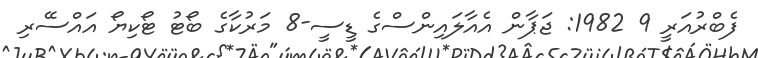
ފެބްރުއަރީ 9 1982: ޖަޕާން އެއާލައިންސްގެ ޑީސީ-8 މަރުކާގެ ބޯޓު ޓޯކިޔޯ އައްސޭރި